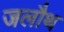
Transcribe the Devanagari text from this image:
जलौथ